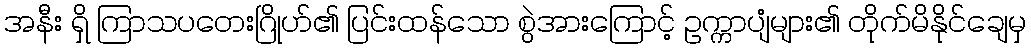
အနီး ရှိ ကြာသပတေးဂြိုဟ်၏ ပြင်းထန်သော စွဲအားကြောင့် ဥက္ကာပျံများ၏ တိုက်မိနိုင်ချေမှ